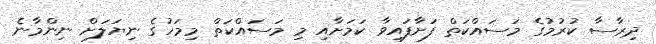
ދިރާސާ ކުރުމުގެ މަސައްކަތް ފަށާފައިވާ ކަމަށާއި މި މަސައްކަތް މިމަހުގެ ނިޔަލަށް ނިންމާނެ